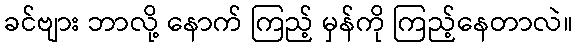
ခင်ဗျား ဘာလို့ နောက် ကြည့် မှန်ကို ကြည့်နေတာလဲ။